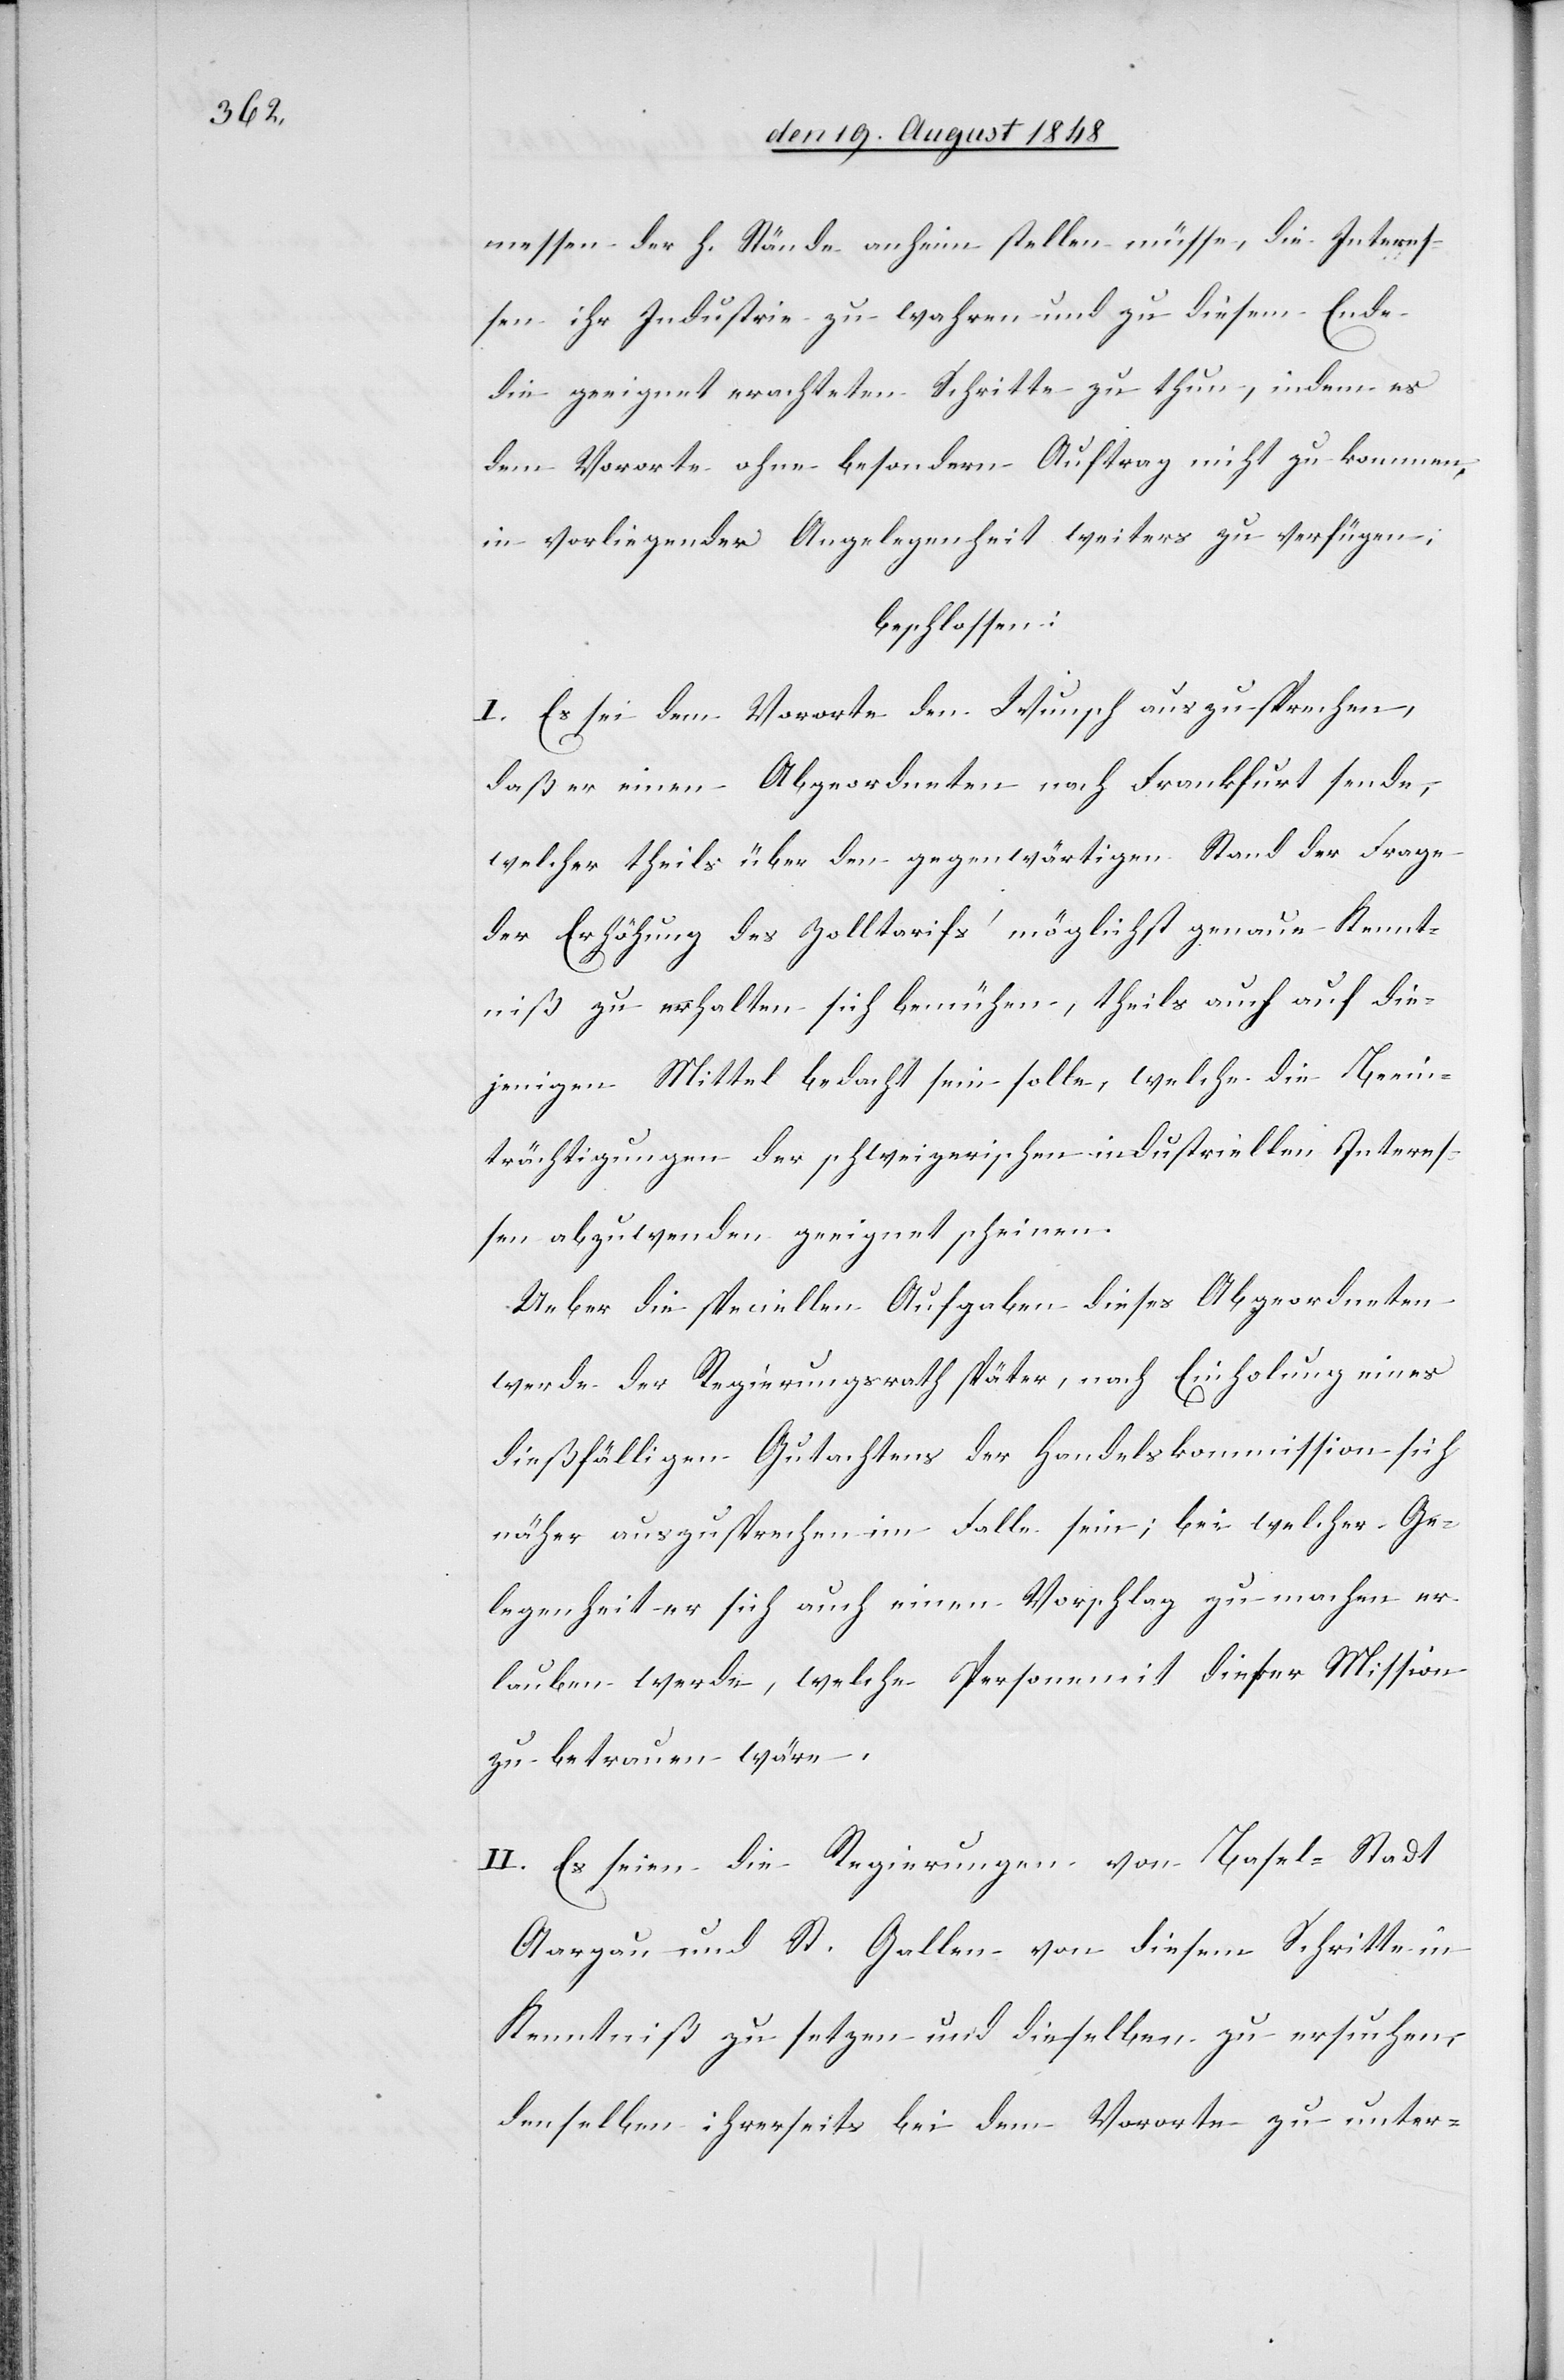
messen der h. Stände anheim stellen müsse, die Interes¬
sen ihr[er] Industrie zu wahren und zu diesem Ende
die geeignet erachteten Schritte zu thun, indem es
dem Vororte ohne besondern Auftrag nicht zu kommen,
in vorliegender Angelegenheit weiters zu verfügen,
beschlossen:
I. Es sei dem Vororte den Wunsch auszusprechen,
daß er einen Abgeordneten nach Frankfurt sende,
welcher theils über den gegenwärtigen Stand der Frage
der Erhöhung des Zolltarifs’ möglichst genaue Kennt¬
niß zu erhalten sich bemühen, theils auch auf die¬
jenigen Mittel bedacht sein solle, welche die Beein¬
trächtigungen der schweizerischen industriellen Interes¬
sen abzuwenden geeignet scheinen.
Ueber die speciellen Aufgaben dieses Abgeordneten
werde der Regierungsrath später, nach Einholung eines
dießfälligen Gutachtens der Handelskommission sich
näher auszusprechen im Falle sein; bei welcher Ge¬
legenheit er sich auch einen Vorschlag zu machen er¬
lauben werde, welche Person mit dieser Mission
zu betrauen wäre.
II. Es seien die Regierungen von Basel-Stadt
Aargau und St. Gallen von diesem Schritte in
Kenntniß zu setzen und dieselben zu ersuchen,
denselben ihrerseits bei dem Vororte zu unter-